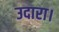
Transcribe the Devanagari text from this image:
उदारा।